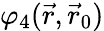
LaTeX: \varphi_{4}(\vec{r},\vec{r}_{0})